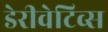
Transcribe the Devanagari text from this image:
डेरीवेटिव्स